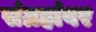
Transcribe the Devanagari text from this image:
संग्रहांवर